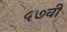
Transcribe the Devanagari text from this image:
५७वी